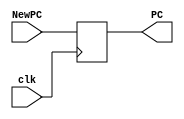
`timescale 1ns / 1ps
//////////////////////////////////////////////////////////////////////////////////
// Company: 
// Engineer: 
// Design Name: 
// Module Name:    PC 
// Project Name:  
// Description: 
// Revision: 
// Revision 0.01 - File Created
//////////////////////////////////////////////////////////////////////////////////
module PC(
	input clk, 
	input [31:0] NewPC,
	output reg [31:0] PC
    );

	initial PC = 0;
	
	always @ (posedge clk)
		PC <= NewPC;

endmodule